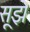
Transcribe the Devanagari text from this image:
सूझे